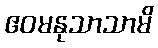
ဧဝမနုသာသာမိ